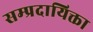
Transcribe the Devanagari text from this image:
सम्प्रदायिक्ता